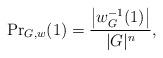
LaTeX: \begin{align*}\mathrm{Pr}_{G,w}(1) = \frac{\left|w_{G}^{-1}(1)\right|}{|G|^n},\end{align*}